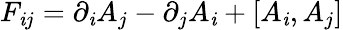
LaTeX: F_{\mathit{i}j}=\partial_{\mathit{i}}A_{j}-\partial_{j}A_{\mathit{i}}+[A_{\mathit{i}},A_{j}]